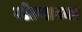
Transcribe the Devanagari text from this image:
वोल्गाच्या